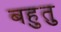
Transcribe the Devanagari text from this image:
बहुतु